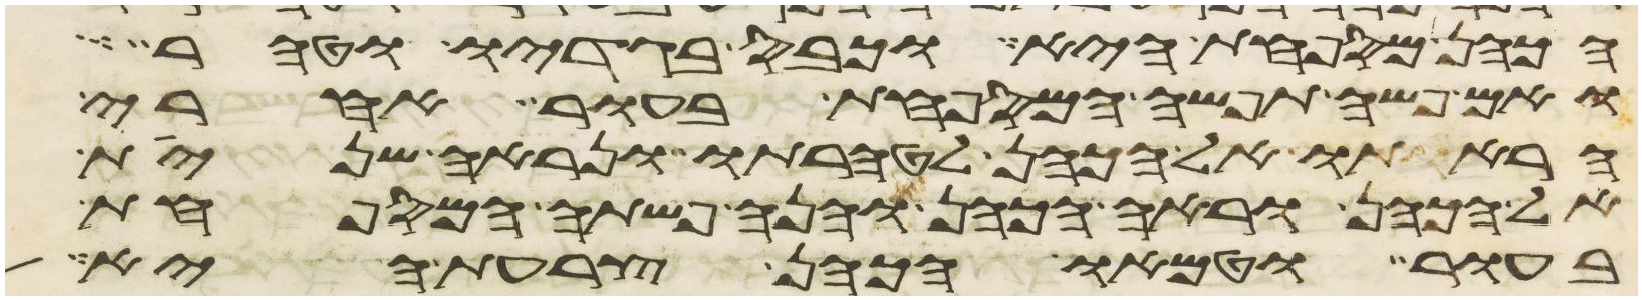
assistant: הכהן המספחת היא וכבס בגדיו וטהר
ואם פשה תפשה המספחת בעור אחרי
הראתו אל הכהן לטהרתו ונראה שנית
אל הכהן וראה הכהן והנה פשתה המספחת
בעור וטמאו הכהן צרעת היא